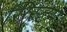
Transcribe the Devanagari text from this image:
सिस्टम्।